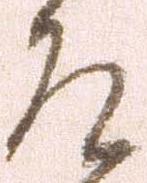
道